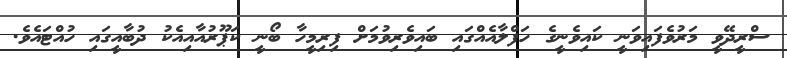
ސްރީދޭވީ މަރުވެފައިވަނީ ކައިވެނީގެ ހަފްލާއެއްގައި ބައިވެރިވުމަށް ފިރިމީހާ ބޯނީ ކަޕޫރުއާއިއެކު ދުބާއީގައި ހުއްޓައެވެ.